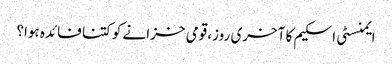
ایمنسٹی اسکیم کا آخری روز، قومی خزانے کو کتنا فائدہ ہوا؟